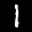
Label: 1